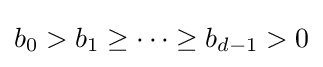
b_{0}>b_{1}\geq \cdots \geq b_{d-1}>0